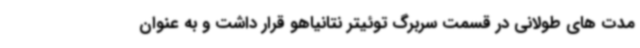
مدت های طولانی در قسمت سربرگ توئیتر نتانیاهو قرار داشت و به عنوان